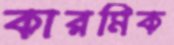
কারমিক